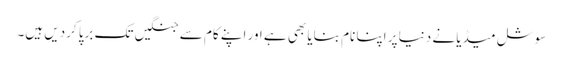
سوشل میڈیا نے دنیا پر اپنا نام بنایا بھی ہے اور اپنے کام سے جنگیں تک برپا کردیں ہیں۔